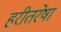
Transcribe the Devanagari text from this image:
हरीतरेषा